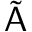
\tilde { \mathsf { A } }